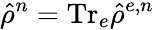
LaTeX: \hat{\rho}^{n}=\mathrm{Tr}_{e}\hat{\rho}^{e,n}